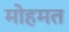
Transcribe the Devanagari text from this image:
मोहमत